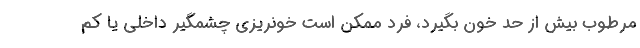
مرطوب بیش از حد خون بگیرد، فرد ممکن است خونریزی چشمگیر داخلی یا کم